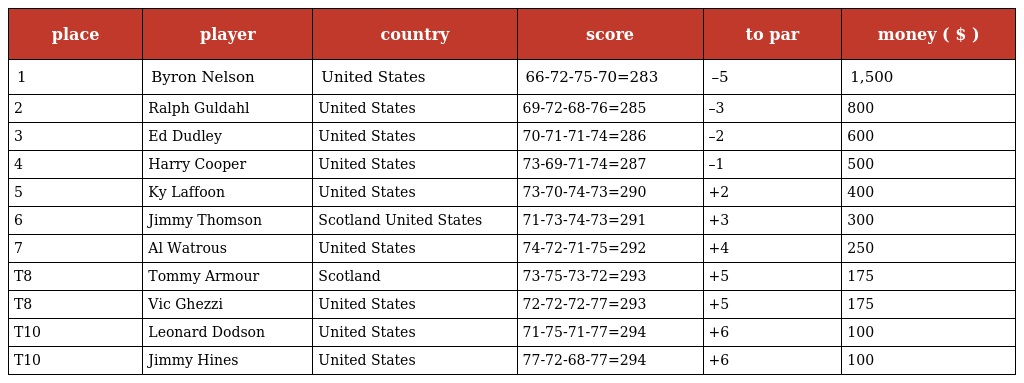
| place | player | country | score | to par | money ( $ ) |
 | --- | --- | --- | --- | --- | --- |
 | 1 | Byron Nelson | United States | 66-72-75-70=283 | –5 | 1,500 |
 | 2 | Ralph Guldahl | United States | 69-72-68-76=285 | –3 | 800 |
 | 3 | Ed Dudley | United States | 70-71-71-74=286 | –2 | 600 |
 | 4 | Harry Cooper | United States | 73-69-71-74=287 | –1 | 500 |
 | 5 | Ky Laffoon | United States | 73-70-74-73=290 | +2 | 400 |
 | 6 | Jimmy Thomson | Scotland United States | 71-73-74-73=291 | +3 | 300 |
 | 7 | Al Watrous | United States | 74-72-71-75=292 | +4 | 250 |
 | T8 | Tommy Armour | Scotland | 73-75-73-72=293 | +5 | 175 |
 | T8 | Vic Ghezzi | United States | 72-72-72-77=293 | +5 | 175 |
 | T10 | Leonard Dodson | United States | 71-75-71-77=294 | +6 | 100 |
 | T10 | Jimmy Hines | United States | 77-72-68-77=294 | +6 | 100 |